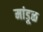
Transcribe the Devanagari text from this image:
मांडूळ